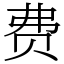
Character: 费